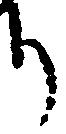
り